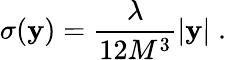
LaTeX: \sigma(\mathbf{y})=\frac{{\lambda}}{{12M^{3}}}|\mathbf{y}|\; .